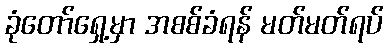
ခုံတော်ရှေ့မှာ အစစ်ခံရန် မတ်မတ်ရပ်